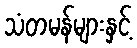
သံတမန်များနှင့်